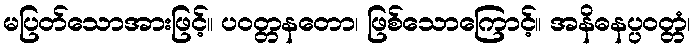
မပြတ်သောအားဖြင့်။ ပဝတ္တနတော၊ ဖြစ်သောကြောင့်။ အနိဓနပ္ပဝတ္တံ၊